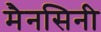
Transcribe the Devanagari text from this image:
मैनसिनी